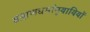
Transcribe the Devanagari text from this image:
ब्राह्मणधर्मानुयायियों